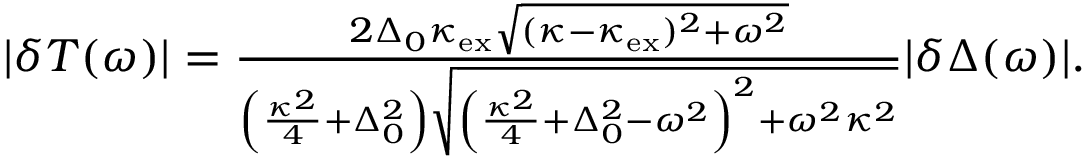
\begin{array} { r } { | \delta T ( \omega ) | = \frac { 2 \Delta _ { 0 } \kappa _ { \mathrm { e x } } \sqrt { ( \kappa - \kappa _ { \mathrm { e x } } ) ^ { 2 } + \omega ^ { 2 } } } { \left( \frac { \kappa ^ { 2 } } { 4 } + \Delta _ { 0 } ^ { 2 } \right) \sqrt { \left( \frac { \kappa ^ { 2 } } { 4 } + \Delta _ { 0 } ^ { 2 } - \omega ^ { 2 } \right) ^ { 2 } + \omega ^ { 2 } \kappa ^ { 2 } } } | \delta \Delta ( \omega ) | . } \end{array}